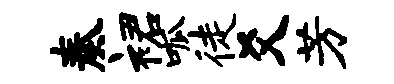
奏裙呱徒爻芳